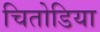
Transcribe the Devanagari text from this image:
चितोडिया